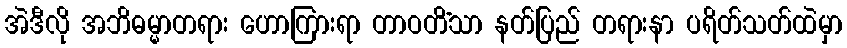
အဲဒီလို အဘိဓမ္မာတရား ဟောကြားရာ တာဝတိံသာ နတ်ပြည် တရားနာ ပရိတ်သတ်ထဲမှာ